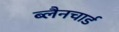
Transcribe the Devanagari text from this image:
ब्लैनचार्ड